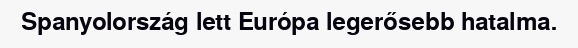
Spanyolország lett Európa legerősebb hatalma.